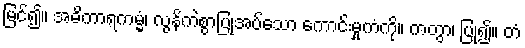
မြင်၍။ အဓိကာရကမ္မံ၊ လွန်ကဲစွာပြုအပ်သော ကောင်းမှုကံကို။ ကတွာ၊ ပြု၍။ တံ